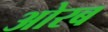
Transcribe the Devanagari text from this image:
ओरब